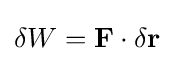
\delta W=\mathbf {F} \cdot \delta \mathbf {r}